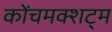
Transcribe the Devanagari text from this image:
कोंचमक्शट्म